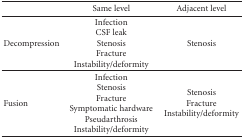
|  | Same level | Adjacent level |
 | --- | --- | --- |
 | Decompression | InfectionCSF leakStenosisFractureInstability/deformity | Stenosis |
 | Fusion | InfectionStenosisFractureSymptomatic hardwarePseudarthrosisInstability/deformity | StenosisFractureInstability/deformity |